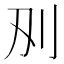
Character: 𭃅